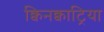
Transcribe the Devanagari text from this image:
क्विनक्वाट्रिया